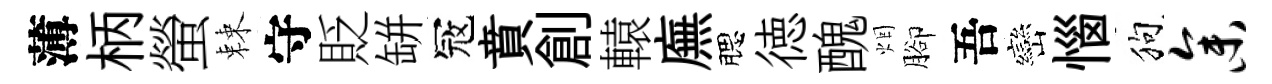
薄柄螢棘守貶缾冦賁創轅廡腮徳醜烟腳吾巒惱狗参